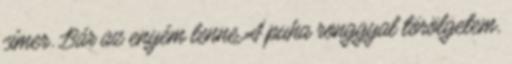
címer. Bár az enyém lenne A puha ronggyal törölgetem,